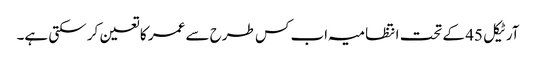
آرٹیکل 45 کے تحت انتظامیہ اب کس طرح سے عمر کا تعین کر سکتی ہے۔